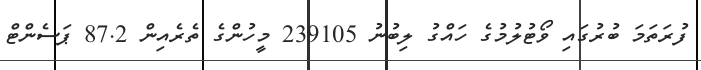
ފުރަތަމަ ބުރުގައި ވޯޓުލުމުގެ ހައްގު ލިބުނު 239105 މީހުންގެ ތެރެއިން 87.2 ޕަސެންޓް